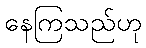
နေကြသည်ဟု